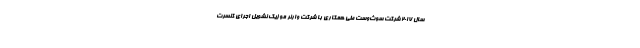
سال 2017 شرکت سوث‌وست طی همکاری با شرکت وارنر موزیک نشویل اجرای کنسرت